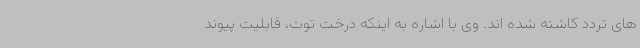
های تردد کاشته شده اند. وی با اشاره به اینکه درخت توت، قابلیت پیوند